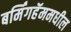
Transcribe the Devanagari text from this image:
बर्मिंगहॅममधील